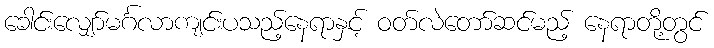
ခေါင်းလျှော်မင်္ဂလာကျင်းပသည့်နေရာနှင့် ဝတ်လဲတော်ဆင်မည့် နေရာတို့တွင်